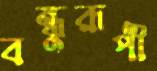
বন্ধুরূপী